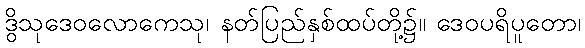
ဒွိသုဒေဝလောကေသု၊ နတ်ပြည်နှစ်ထပ်တို့၌။ ဒေဝပရိပူတော၊